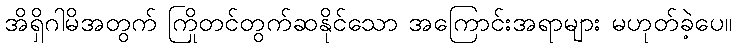
အိရှိဂါမိအတွက် ကြိုတင်တွက်ဆနိုင်သော အကြောင်းအရာများ မဟုတ်ခဲ့ပေ။